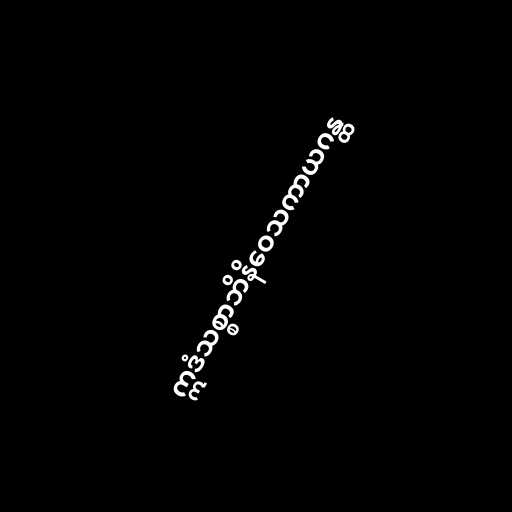
ဣဒံသစ္စာဘိနိဝေသကာယဂန္ထ